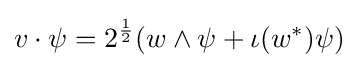
v\cdot \psi =2^{\frac {1}{2}}(w\wedge \psi +\iota (w^{*})\psi )